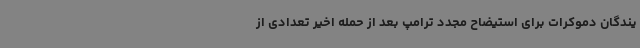
یندگان دموکرات برای استیضاح مجدد ترامپ بعد از حمله اخیر تعدادی از